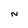
Character: N